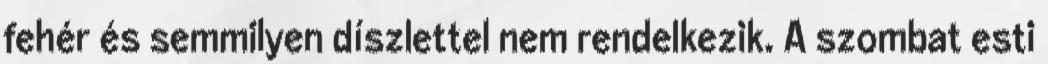
fehér és semmilyen díszlettel nem rendelkezik. A szombat esti